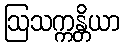
ဩသက္ကန္တိယာ